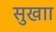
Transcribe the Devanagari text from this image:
सुखाा